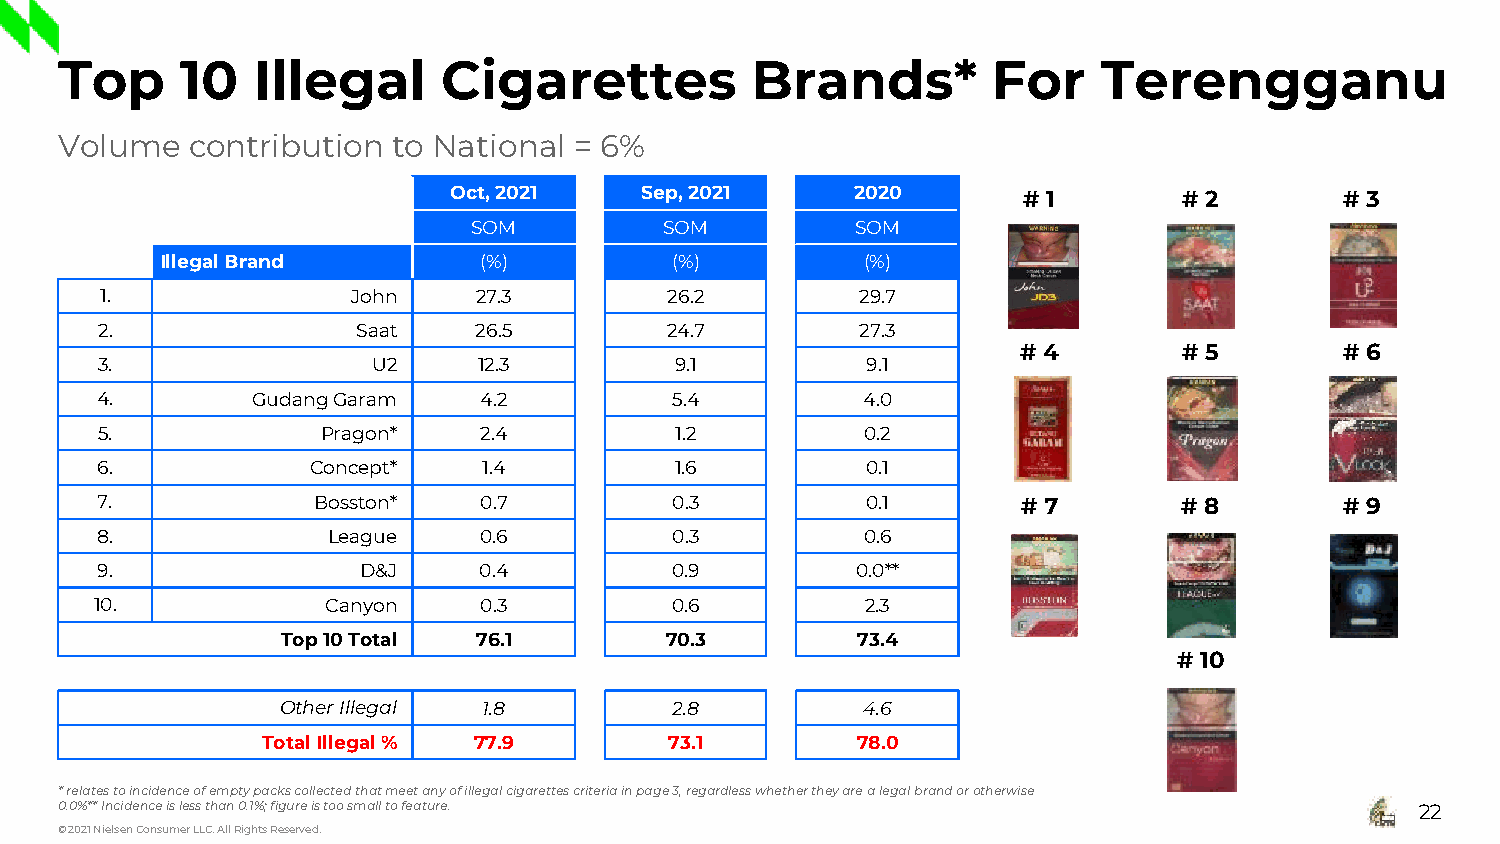
Top     10   Illegal     Cigarettes           Brands*         For    Terengganu
 Volume   contribution to National = 6%
 Oct, 2021   Sep, 2021      2020       # 1       # 2        # 3
 SOM          SOM          SOM
 Illegal Brand        (%)         (%)          (%)
 1.              John    27.3         26.2         29.7
 2.                Saat   26.5         24.7         27.3
 # 4       # 5        # 6
 3.                 U2     12.3         9.1         9.1
 4.         GudangGaram    4.2          5.4         4.0
 5.             Pragon*    2.4          1.2         0.2
 6.             Concept*   1.4          1.6         0.1
 7.             Bosston*   0.7          0.3         0.1        # 7       # 8        # 9
 8.              League    0.6          0.3         0.6
 9.                D&J     0.4         0.9          0.0**
 10.             Canyon    0.3         0.6          2.3
 Top 10Total  76.1        70.3         73.4
 # 10
 Other Illegal 1.8         2.8         4.6
 Total Illegal% 77.9        73.1         78.0
 * relates to incidence of empty packs collected that meet any of illegal cigarettes criteria in page 3, regardless whether they are a legal brand or otherwise
 0.0%** Incidence is less than 0.1%; figure is too small to feature.                       22
 © 2021 Nielsen Consumer LLC. All Rights Reserved.